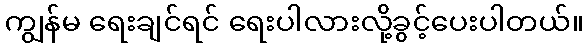
ကျွန်မ ရေးချင်ရင် ရေးပါလားလို့ခွင့်ပေးပါတယ်။